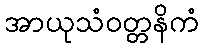
အာယုသံဝတ္တနိကံ